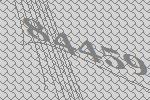
84459